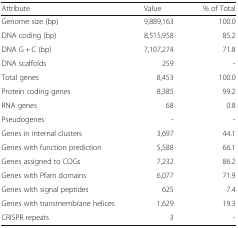
| Attribute | Value | % of Total |
 | --- | --- | --- |
 | Genome size (bp) | 9,889,163 | 100.0 |
 | DNA coding (bp) | 8,515,958 | 85.2 |
 | DNA G + C (bp) | 7,107,274 | 71.8 |
 | DNA scaffolds | 259 | - |
 | Total genes | 8,453 | 100.0 |
 | Protein coding genes | 8,385 | 99.2 |
 | RNA genes | 68 | 0.8 |
 | Pseudogenes | - | - |
 | Genes in internal clusters | 3,697 | 44.1 |
 | Genes with function prediction | 5,588 | 66.1 |
 | Genes assigned to COGs | 7,232 | 86.2 |
 | Genes with Pfam domains | 6,077 | 71.9 |
 | Genes with signal peptides | 625 | 7.4 |
 | Genes with transmembrane helices | 1,629 | 19.3 |
 | CRISPR repeats | 3 | - |